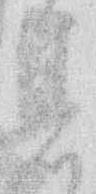
着